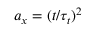
a _ { x } = ( t / \tau _ { t } ) ^ { 2 }